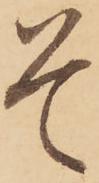
そ